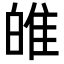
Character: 𤽼